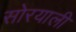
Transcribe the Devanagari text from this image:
सोरयाली